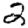
Digit: 2